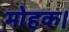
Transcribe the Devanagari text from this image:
मोहक।